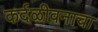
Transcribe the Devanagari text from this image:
कर्दळीवनाचा